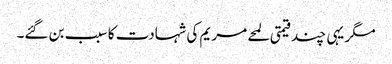
مگر یہی چند قیمتی لمحے مریم کی شہادت کا سبب بن گئے۔